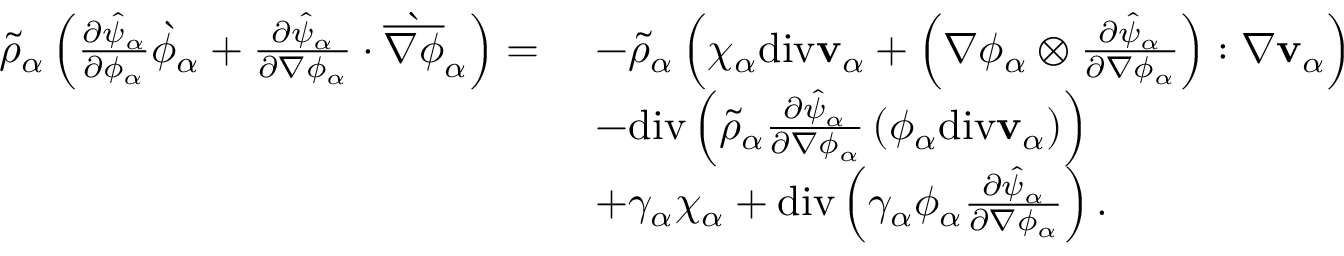
\begin{array} { r l } { \tilde { \rho } _ { \alpha } \left( \frac { \partial \hat { \psi } _ { \alpha } } { \partial \phi _ { \alpha } } \grave { \phi } _ { \alpha } + \frac { \partial \hat { \psi } _ { \alpha } } { \partial \nabla \phi _ { \alpha } } \cdot \grave { \overline { { \nabla \phi } } } _ { \alpha } \right) = } & { ~ - \tilde { \rho } _ { \alpha } \left( \chi _ { \alpha } \mathrm { d i v } \mathbf { v } _ { \alpha } + \left( \nabla \phi _ { \alpha } \otimes \frac { \partial \hat { \psi } _ { \alpha } } { \partial \nabla \phi _ { \alpha } } \right) : \nabla \mathbf { v } _ { \alpha } \right) } \\ & { ~ - \mathrm { d i v } \left( \tilde { \rho } _ { \alpha } \frac { \partial \hat { \psi } _ { \alpha } } { \partial \nabla \phi _ { \alpha } } \left( \phi _ { \alpha } \mathrm { d i v } \mathbf { v } _ { \alpha } \right) \right) } \\ & { ~ + \gamma _ { \alpha } \chi _ { \alpha } + \mathrm { d i v } \left( \gamma _ { \alpha } \phi _ { \alpha } \frac { \partial \hat { \psi } _ { \alpha } } { \partial \nabla \phi _ { \alpha } } \right) . } \end{array}